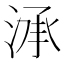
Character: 㴍